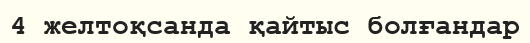
4 желтоқсанда қайтыс болғандар